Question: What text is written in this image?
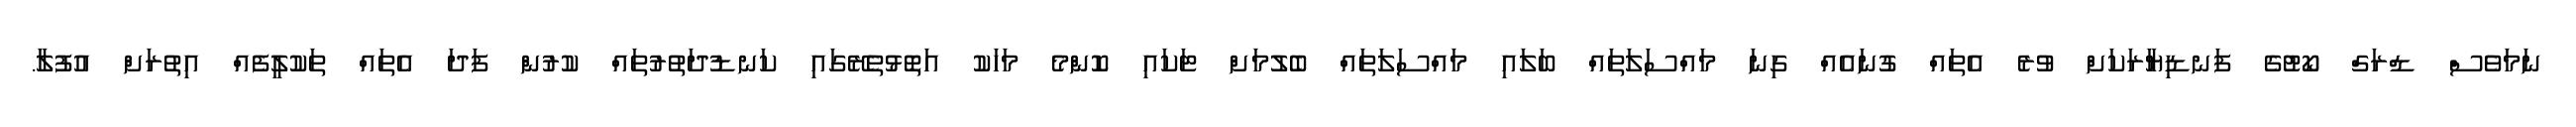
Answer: ނަމަވެސް ޑްރަގް ކޯޓުގެ ފަނޑިޔާރަކަށް ވުރެ އެތައް ގުނައެއް ގިނަ މައްސަލަތައް ބަލައި މައްސަލަތައް ބެލުމަށް ޓަކައި ކޮންމެ މަހަކު އަތޮޅުތެރޭގައި ކަނޑުދަތުރުތައް ކުރުން ފަދަ އެތައް ތަކުލީފެއް އިތުރަށް އުފުލާ.